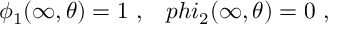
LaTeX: \phi _ { 1 } ( \infty , \theta ) = 1 \ , \ \ \, p h i _ { 2 } ( \infty , \theta ) = 0 \ ,